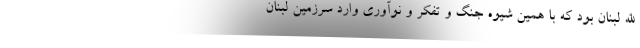
الله لبنان بود که با همین شیوه جنگ و تفکر و نوآوری وارد سرزمین لبنان